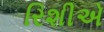
રિશીએ